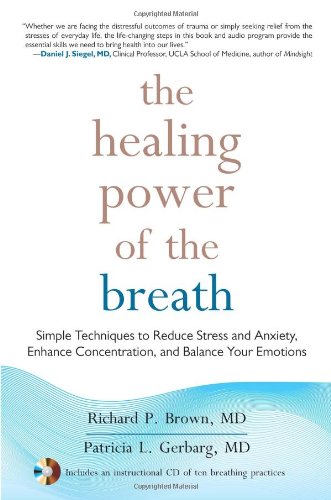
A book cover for The Healing Power of the Breath: Simple Techniques to Reduce Stress and Anxiety, Enhance Concentration, and Balance Your Emotions; Richard P. Brown; Self-Help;